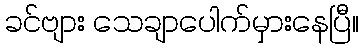
ခင်ဗျား သေချာပေါက်မှားနေပြီ။